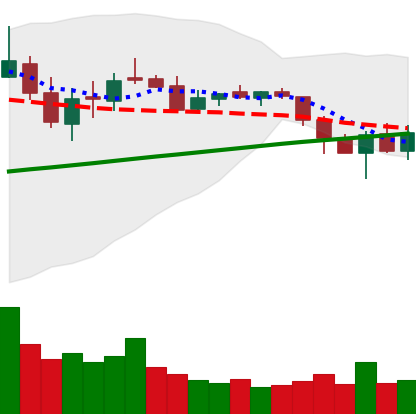
Ticker: LTC-USD
Chart end date: 2018-03-11
Forward return: -12.435%
Label: down_7plus